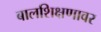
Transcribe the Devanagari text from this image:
बालशिक्षणावर